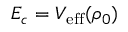
E _ { c } = V _ { \mathrm { e f f } } ( \rho _ { 0 } )